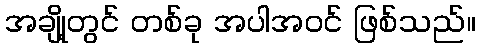
အချို့တွင် တစ်ခု အပါအဝင် ဖြစ်သည်။